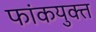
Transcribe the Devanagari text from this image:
फांकयुक्त